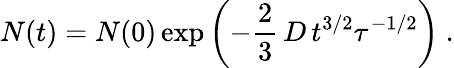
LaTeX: N(t)=N(0)\exp\left(-\frac{2}{3}\, D\, t^{3/2}\tau^{-1/2}\right)\ .